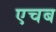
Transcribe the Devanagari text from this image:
एचब